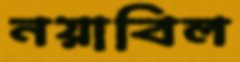
নয়াবিল